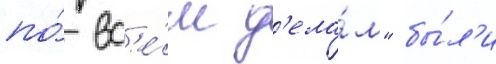
по́ вс'е́м д'ела́м" бы́л'и